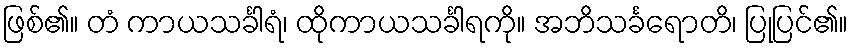
ဖြစ်၏။ တံ ကာယသင်္ခါရံ၊ ထိုကာယသင်္ခါရကို။ အဘိသင်္ခရောတိ၊ ပြုပြင်၏။